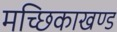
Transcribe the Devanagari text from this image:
मच्छिकाखण्ड